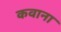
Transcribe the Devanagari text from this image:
कवाना